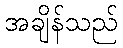
အချိန်သည်